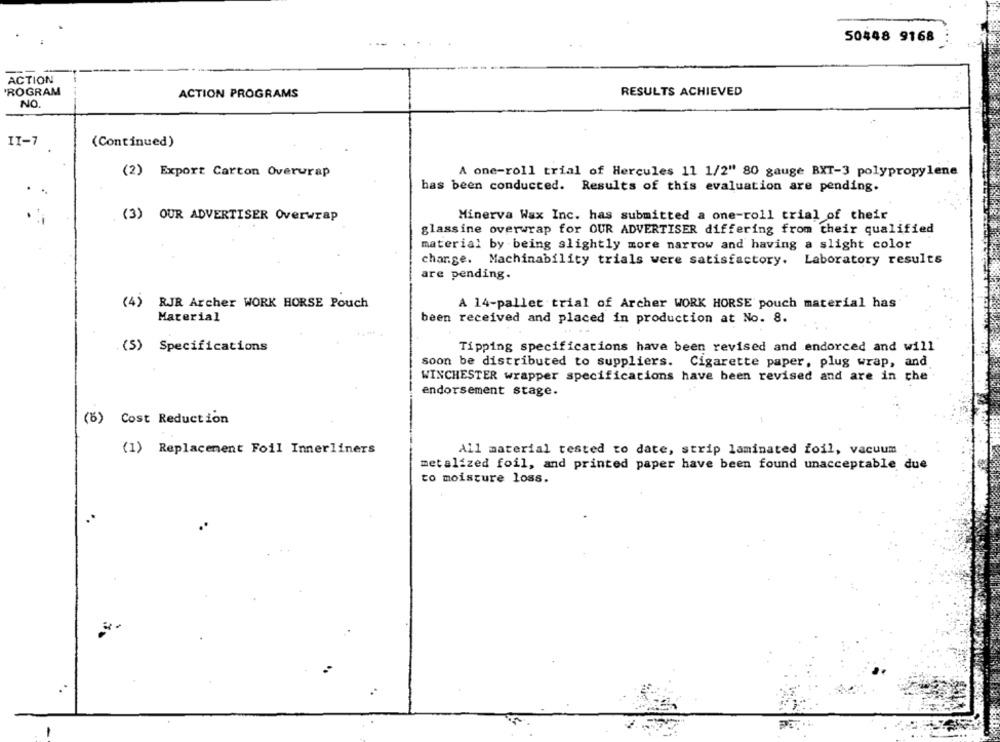
50448 9168
ACTION
PROGRAM
ACTION PROGRAMS
RESULTS ACHIEVED
NO
11-7
(Continued)
(2) Export Carton Overurap
A one-roll trial of Hercules 11 1/2" 80 gauge BXT-3 polypropylene
has been conducted. Results of this evaluation are pending.
(3) OUR ADVERTISER Overwrap
Minerva Wax Inc. has submitted a one-roll trial of their
glassine overwrap for OUR ADVERTISER differing from their qualified
material by being slightly more narrow and having a slight color
charge. Machinability trials were satisfactory. Laboratory results
are pending.
RJR Archer WORK HORSE Pouch
A 14-pallet trial of Archer WORK HORSE pouch material has
Material
been received and placed in production at No. 8.
(5) Specifications
Tipping specifications have been revised and endorced and will
soon be distributed to suppliers. Cigarette paper, plug wrap, and
WINCHESTER wrapper specifications have been revised and are in the
endorsement stage.
(6) Cost Reduction
(1) Replacement Foil Innerliners
All material tested to date, strip laminated foil, vacuum
metalized foil, and printed paper have been found unacceptable due
to moisture loss.
.*